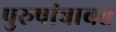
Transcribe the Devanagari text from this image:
पुरुषांबाबत